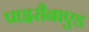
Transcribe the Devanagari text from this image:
पाइरीनाएड